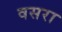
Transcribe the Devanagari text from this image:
वसरा